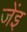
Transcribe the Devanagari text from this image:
जेंइ